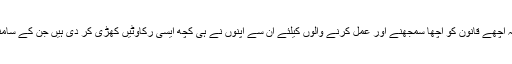
اس کا مطلب یہ نکلتا ہے کہ اچھے قانون کو اچھا سمجھنے اور عمل کرنے والوں کیلئے ان سے اپنوں نے ہی کچھ ایسی رکاوٹیں کھڑی کر دی ہیں جن کے سامنے وہ مجبور نظر آتے ہیں۔